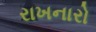
રાખનારો